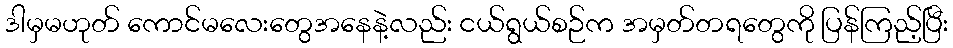
ဒါမှမဟုတ် ကောင်မလေးတွေအနေနဲ့လည်း ငယ်ရွယ်စဉ်က အမှတ်တရတွေကို ပြန်ကြည့်ပြီး